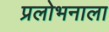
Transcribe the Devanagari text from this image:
प्रलोभनाला